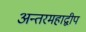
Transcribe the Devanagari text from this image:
अन्तरमहाद्वीप